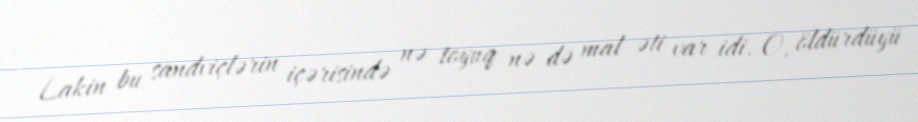
Lakin bu sandviçlərin içərisində nə toyuq nə də mal əti var idi. O, öldürdüyü